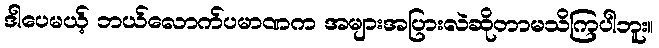
ဒါပေမယ့် ဘယ်လောက်ပမာဏက အများအပြားလဲဆိုတာမသိကြပါဘူး။